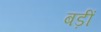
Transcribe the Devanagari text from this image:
बड़ीं